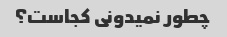
چطور نمیدونی کجاست؟